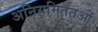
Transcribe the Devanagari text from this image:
अनियमिततओं